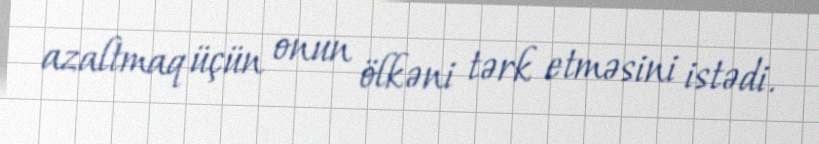
azaltmaq üçün onun ölkəni tərk etməsini istədi.